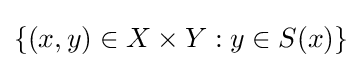
\{(x,y)\in X\times Y:y\in S(x)\}